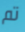
تم